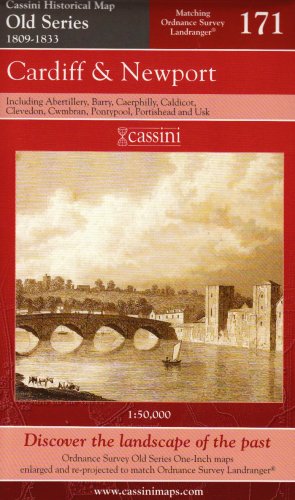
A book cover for Cardiff and Newport (Cassini Old Series Historical Map); Travel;